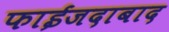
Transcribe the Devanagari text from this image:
फाईजदाबाद